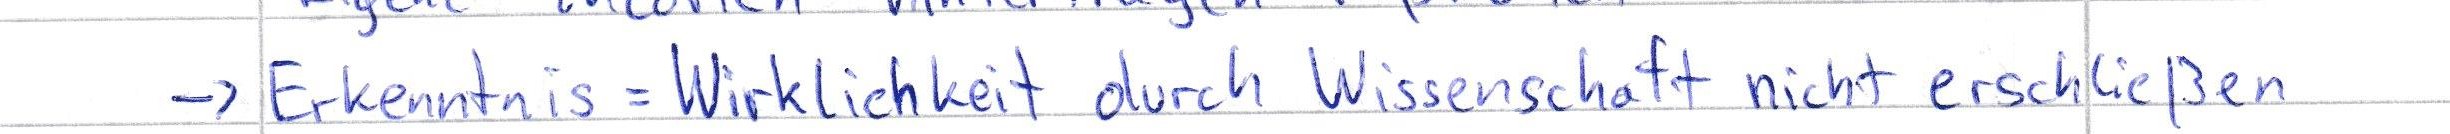
-> Erkenntnis = Wirklichkeit durch Wissenschaft nicht erschließen